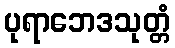
ပုရာဘေဒသုတ္တံ